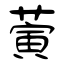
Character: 蔩